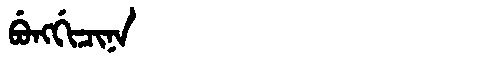
Manchu: ᠪᡠᠩᡤᡳᠴᡳᠨᠠ
Romanization: BUNGGICINA